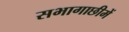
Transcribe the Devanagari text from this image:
सभागाछीमें